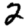
Digit: 2